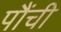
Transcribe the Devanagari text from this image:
पौंची